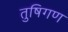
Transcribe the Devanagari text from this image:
तुषिगण